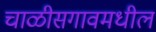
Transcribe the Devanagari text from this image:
चाळीसगावमधील